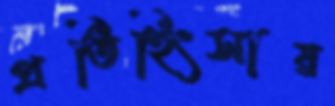
প্রতিহিংসায়